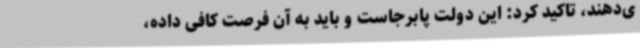
ی‌دهند، تاکید کرد: این دولت پابرجاست و باید به آن فرصت کافی داده،